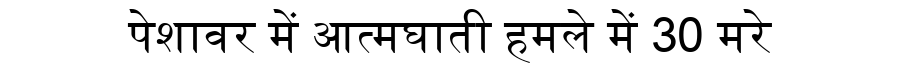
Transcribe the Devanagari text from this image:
पेशावर में आत्मघाती हमले में 30 मरे